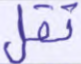
تقل